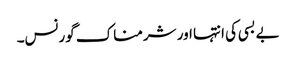
بے بسی کی انتہا اور شرمناک گورنس۔